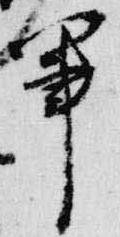
軍